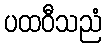
ပထဝီသညံ